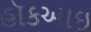
હૉકઆઇ